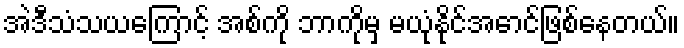
အဲဒီသံသယကြောင့် အစ်ကို ဘာကိုမှ မယုံနိုင်အောင်ဖြစ်နေတယ်။